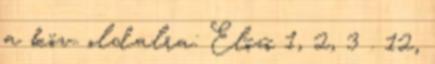
a köv. oldalra: Elõzõ 1, 2, 3 . 12,